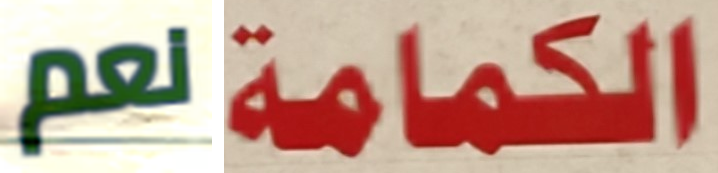
نعم الكمامة